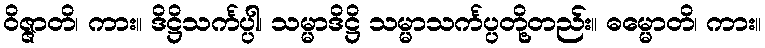
ဝိဇ္ဇာတိ၊ ကား။ ဒိဋ္ဌိသင်္ကပ္ပါ၊ သမ္မာဒိဋ္ဌိ သမ္မာသင်္ကပ္ပတို့တည်း။ ဓမ္မောတိ၊ ကား။